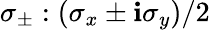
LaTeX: \sigma_{\pm}:(\sigma_{x}\pm\mathbf{i}\sigma_{y})/2